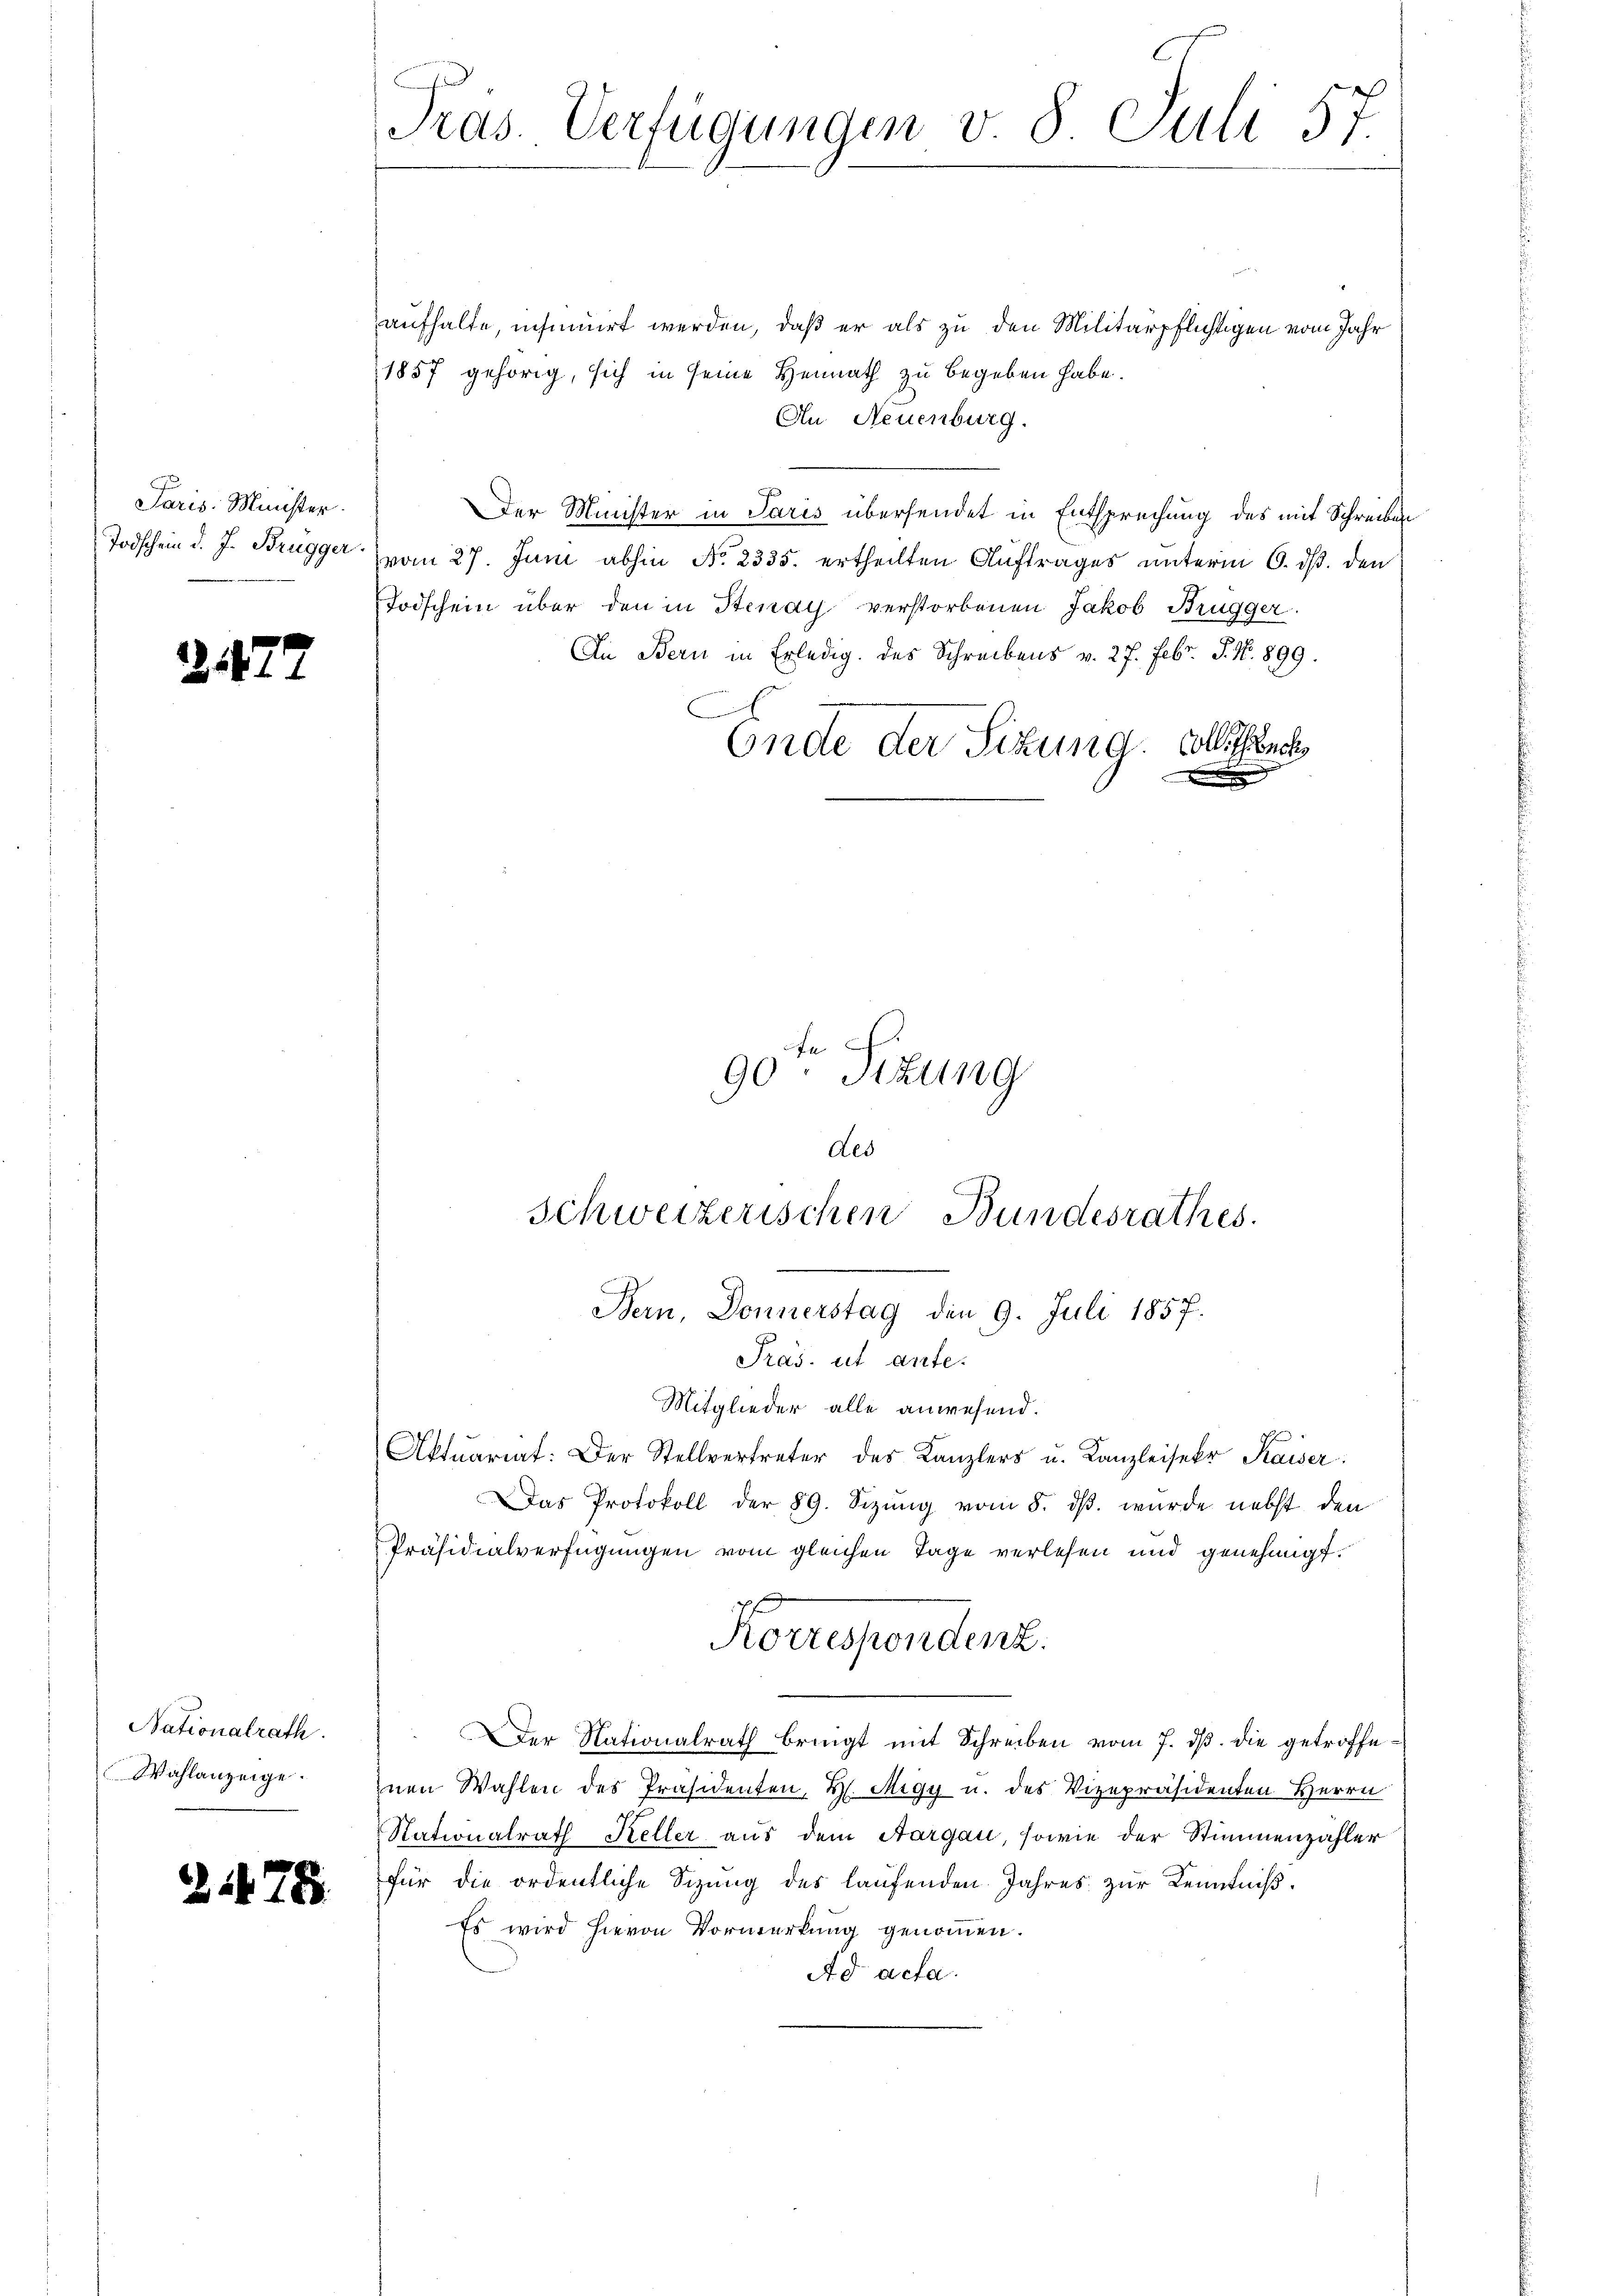
Paris Minister.

2472

Nationalrath.
Wahlanzeige.

278

Pras. Verfügungen v. 8. Juli 57.

aufhalte, insinuirt werden, daß er als zu den Militärpflichtigen vom Jahr
1857 gehörig, sich in seine Heimath zu begeben habe.
An Neuenburg.
Der Minister in Paris übersendet in Entsprechung des mit Schreiben
Todschein d. J. Brugger vom 27. Juni abhin No. 2335. ertheilten Auftrages unterm 6. ds. den
Todschein über den in Stenay verstorbenen Jakob Brügger.
In Bern in Erledig. des Schreibens v. 27. Febr. S. Nr. 899.
A
Ende der Sitzung. Collichench
des
Schweizerischen Bundesrathes.
Bern, Donnerstag den 9. Juli 1857.
Pras. ut ante-
Mitglieder alle anwesend.
Aktuariat: Der Stellvertreter des Kanzlers u. Kanzleiser Kaiser:
Das Protokoll der 89. Sizŭng vom 8. dβ. wurde nebst den
Präsidialverfügungen vom gleichen Tage verlesen und genehmigt.
Korrespondenz.
 Der Nationalrath bringt mit Schreiben vom 7. ds. die getroffeznen Wahlen des Präsidenten, H. Migy u. des Vizepräsidenten Herrn
Nationalrath Keller aus dem Aargau, sowie der Stimmenzähler
für die ordentliche Sizung des laufenden Jahres zur Kenntniß.
Es wird hievon Vormerkung genommen.
Ad acta.

90ten Sitzung